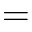
=